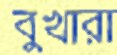
বুখারা